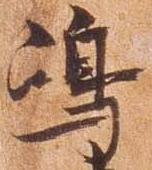
島